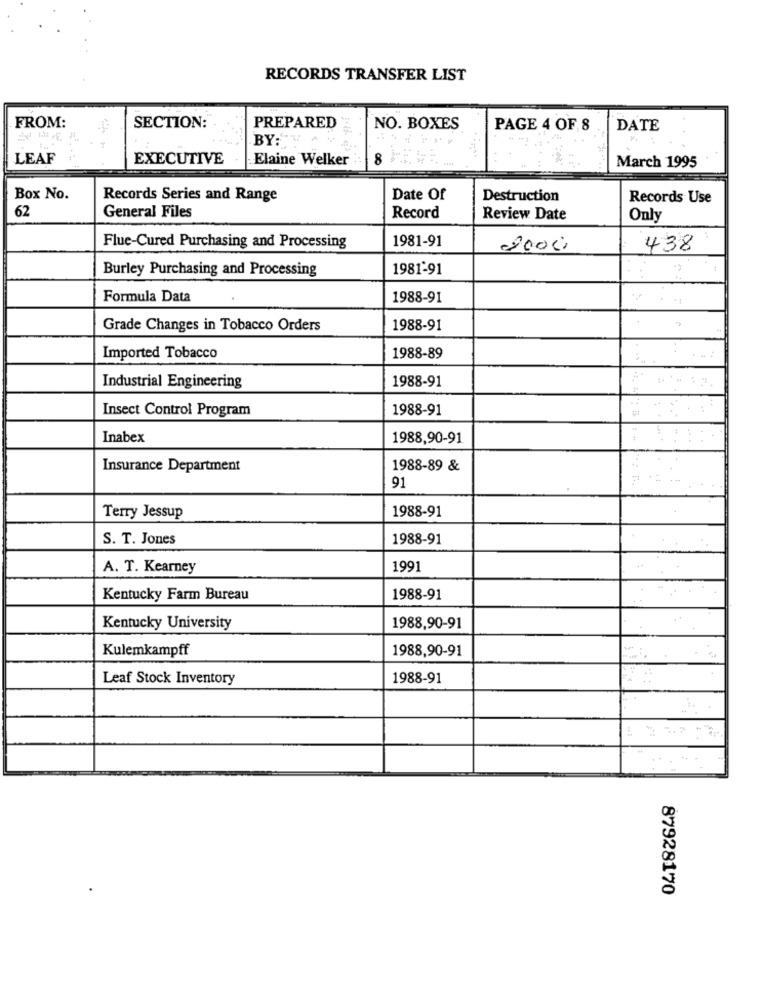
RECORDS TRANSFER LIST
FROM:
SECTION:
PREPARED
NO. BOXES
PAGE 4 OF 8
DATE
BY:"
LEAF
EXECUTIVE
Elaine Welker
8
March 1995
Box No.
Records Series and Range
Date Of
Destruction
Records Use
62
General Files
Record
Review Date
Only
1981-91
Flue-Cured Purchasing and Processing
2000,
438
Burley Purchasing and Processing
1981-91
Formula Data
1988-91
Grade Changes in Tobacco Orders
1988-91
..
Imported Tobacco
1988-89
1988-91
Industrial Engineering
Insect Control Program
1988-91
Inabex
1988,90-91
Insurance Department
1988-89 &
91
1988-91
Terry Jessup
S. T. Jones
1988-91
A. T. Kearney
1991
Kentucky Farm Bureau
1988-91
Kentucky University
1988,90-91
Kulemkampff
1988,90-91
Leaf Stock Inventory
1988-91
87928170